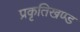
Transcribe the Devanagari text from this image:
प्रकृतिखण्ड